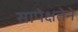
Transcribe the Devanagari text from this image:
सापेक्षतेने